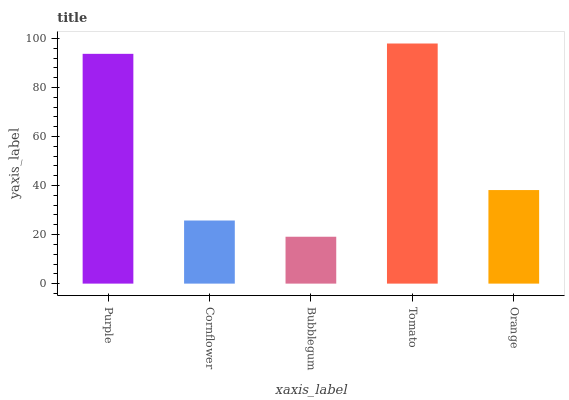
| xaxis_label | bars |
 | --- | --- |
 | Purple | 93.7 |
 | Cornflower | 25.7 |
 | Bubblegum | 19.1 |
 | Tomato | 97.9 |
 | Orange | 38.2 |